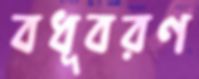
বধূবরণ